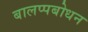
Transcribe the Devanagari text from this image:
बालप्पबोधन